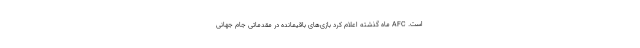
است. AFC ماه گذشته اعلام کرد بازی‌های باقیمانده در مقدماتی جام جهانی